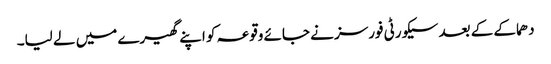
دھماکے کے بعد سیکورٹی فورسز نے جائے وقوعہ کو اپنے گھیرے میں لے لیا۔